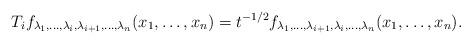
LaTeX: \begin{align*}T_if_{\lambda_1,\dots,\lambda_i,\lambda_{i+1},\dots,\lambda_n} (x_1,\dots,x_n)=t^{-1/2} f_{\lambda_1,\dots,\lambda_{i+1},\lambda_{i},\dots,\lambda_n} (x_1,\dots,x_n).\end{align*}